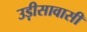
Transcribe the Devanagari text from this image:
उड़ीसावासी